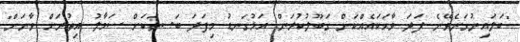
"ބަލައިނުގަނެވޭނެ ފަދަ ވާހަކައެއްކަން ގަބޫލުކުރަން. އަޅުގަނޑު މިފަދަ ބަސތަކަށް ސަމާލު އިތުރަށް ވާނަން"